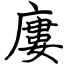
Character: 廔